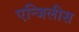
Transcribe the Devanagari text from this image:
एन्जिलीस